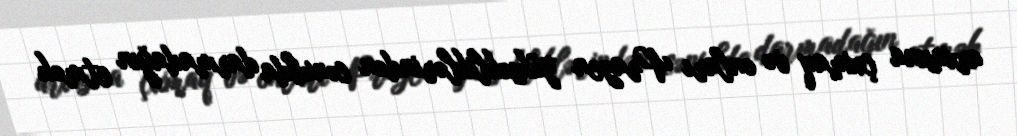
arxasına çıxmaq və onları Prazen yüksəkliklərindən cənubda darmadağın etmək